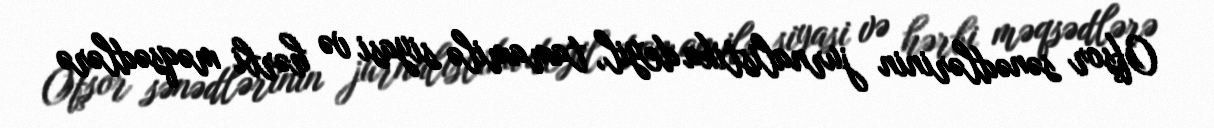
Ofşor sənədlərinin jurnalistika deyil, tamamilə siyasi və hərbi məqsədlərə